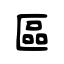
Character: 區